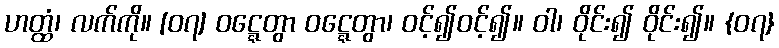
ဟတ္ထံ၊ လက်ကို။ [၀၇] ဝဋ္ဋေတွာ ဝဋ္ဋေတွာ၊ ဝင့်၍ဝင့်၍။ ဝါ၊ ဝိုင်း၍ ဝိုင်း၍။ {၀၇}